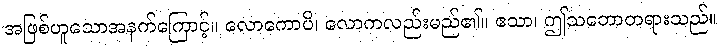
အဖြစ်ဟူသောအနက်ကြောင့်။ လောကောပိ၊ လောကလည်းမည်၏။ ဧသာ၊ ဤသဘောတရားသည်။